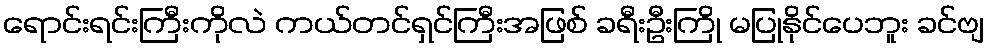
ရောင်းရင်းကြီးကိုလဲ ကယ်တင်ရှင်ကြီးအဖြစ် ခရီးဦးကြို မပြုနိုင်ပေဘူး ခင်ဗျ